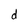
Character: d